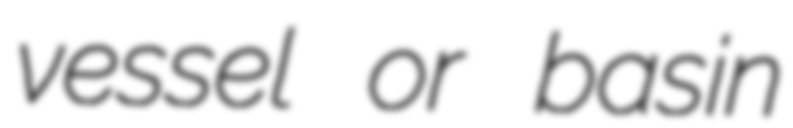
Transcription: vessel or basin